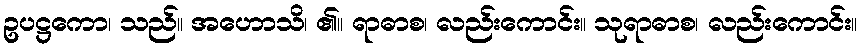
ဥပဋ္ဌကော၊ သည်။ အဟောသိ၊ ၏။ ရာဓာစ၊ လည်းကောင်း။ သုရာဓာစ၊ လည်းကောင်း။